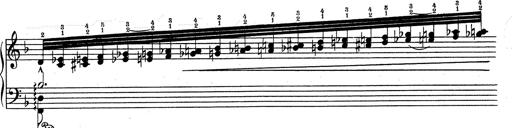
Title: RÃ©miniscences de Don Juan
Composer: Franz Liszt